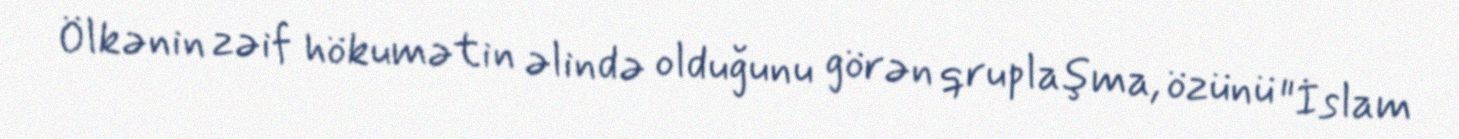
Ölkənin zəif hökumətin əlində olduğunu görən qruplaşma, özünü "İslam